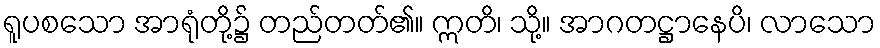
ရူပစသော အာရုံတို့၌ တည်တတ်၏။ ဣတိ၊ သို့။ အာဂတဋ္ဌာနေပိ၊ လာသော